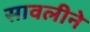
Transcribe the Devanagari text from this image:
सावलीने